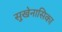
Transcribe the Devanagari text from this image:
सुखेनासिका